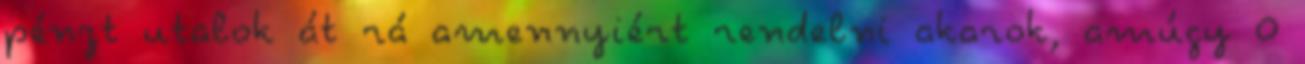
pénzt utalok át rá amennyiért rendelni akarok, amúgy 0